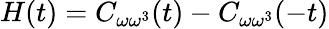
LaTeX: H(t)=C_{\omega\omega^{3}}(t)-C_{\omega\omega^{3}}(-t)